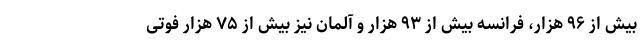
بیش از ۹۶ هزار، فرانسه بیش از ۹۳ هزار و آلمان نیز بیش از ۷۵ هزار فوتی